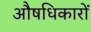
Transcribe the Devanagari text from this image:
औषधिकारों